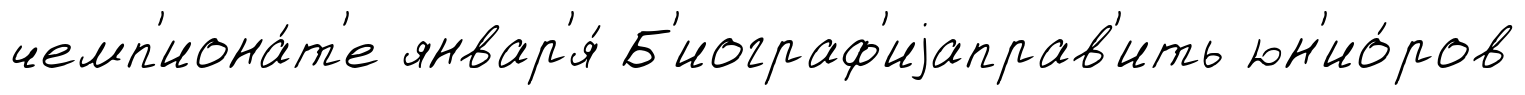
чемп'иона́т'е январ'я́ Б'иограф'иjаправ'ить юн'ио́ров